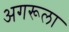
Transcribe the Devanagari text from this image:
अगरूला